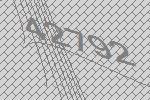
42792